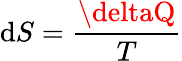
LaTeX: \mathrm{d}S={\frac{{\deltaQ}}{{T}}}